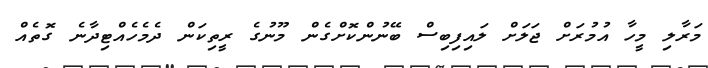
މަރާލި މީހާ އުމުރަށް ޖަލަށް ލައިފިބިސް ބޭނުންކޮށްގެން މޫނުގެ ރީތިކަން ދެމެހެއްޓިދާނެ ގޮތެއް